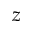
z